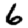
Digit: 6